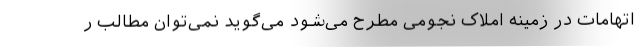
اتهامات در زمینه املاک نجومی مطرح می‌شود می‌گوید نمی‌توان مطالب ر